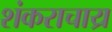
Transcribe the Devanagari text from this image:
शंकराचाय्र